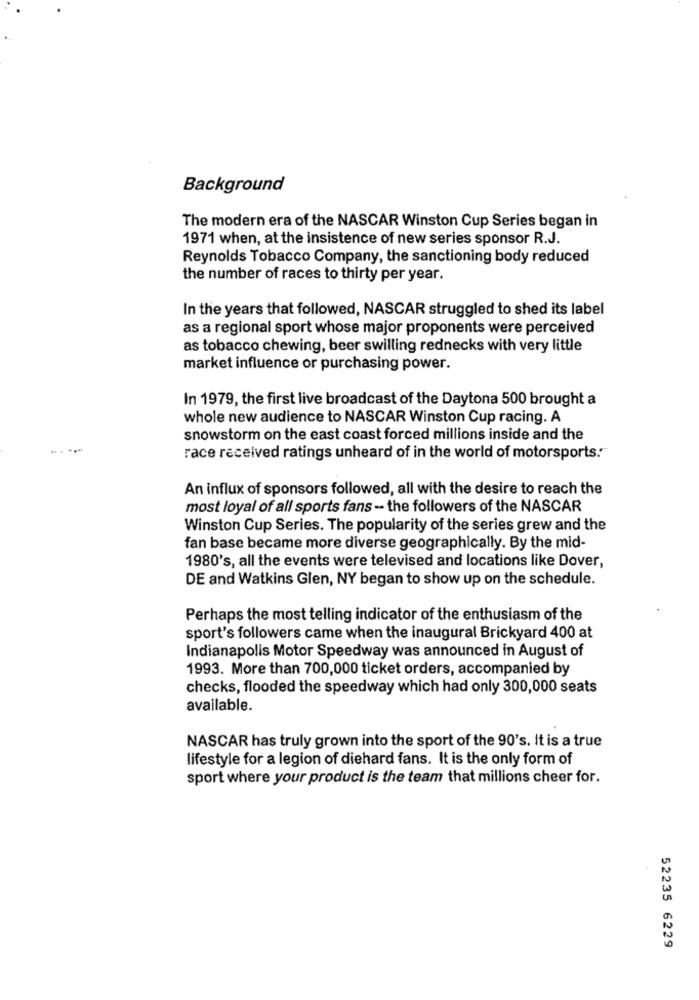
Background
The modern era of the NASCAR Winston Cup Series began in
1971 when, at the insistence of new series sponsor R.J.
Reynolds Tobacco Company, the sanctioning body reduced
the number of races to thirty per year.
In the years that followed, NASCAR struggled to shed its label
as a regional sport whose major proponents were perceived
as tobacco chewing, beer swilling rednecks with very little
market influence or purchasing power.
In 1979, the first live broadcast of the Daytona 500 brought a
whole new audience to NASCAR Winston Cup racing. A
snowstorm on the east coast forced millions inside and the
race received ratings unheard of in the world of motorsports."
An influx of sponsors followed, all with the desire to reach the
most loyal of all sports fans -- the followers of the NASCAR
Winston Cup Series. The popularity of the series grew and the
fan base became more diverse geographically. By the mid-
1980's, all the events were televised and locations like Dover,
DE and Watkins Glen, NY began to show up on the schedule.
Perhaps the most telling indicator of the enthusiasm of the
sport's followers came when the inaugural Brickyard 400 at
Indianapolis Motor Speedway was announced in August of
1993. More than 700,000 ticket orders, accompanied by
checks, flooded the speedway which had only 300,000 seats
available.
NASCAR has truly grown into the sport of the 90's. It is a true
lifestyle for a legion of diehard fans. It is the only form of
sport where your product is the team that millions cheer for.
52235 6229